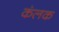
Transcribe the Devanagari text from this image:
कंलक